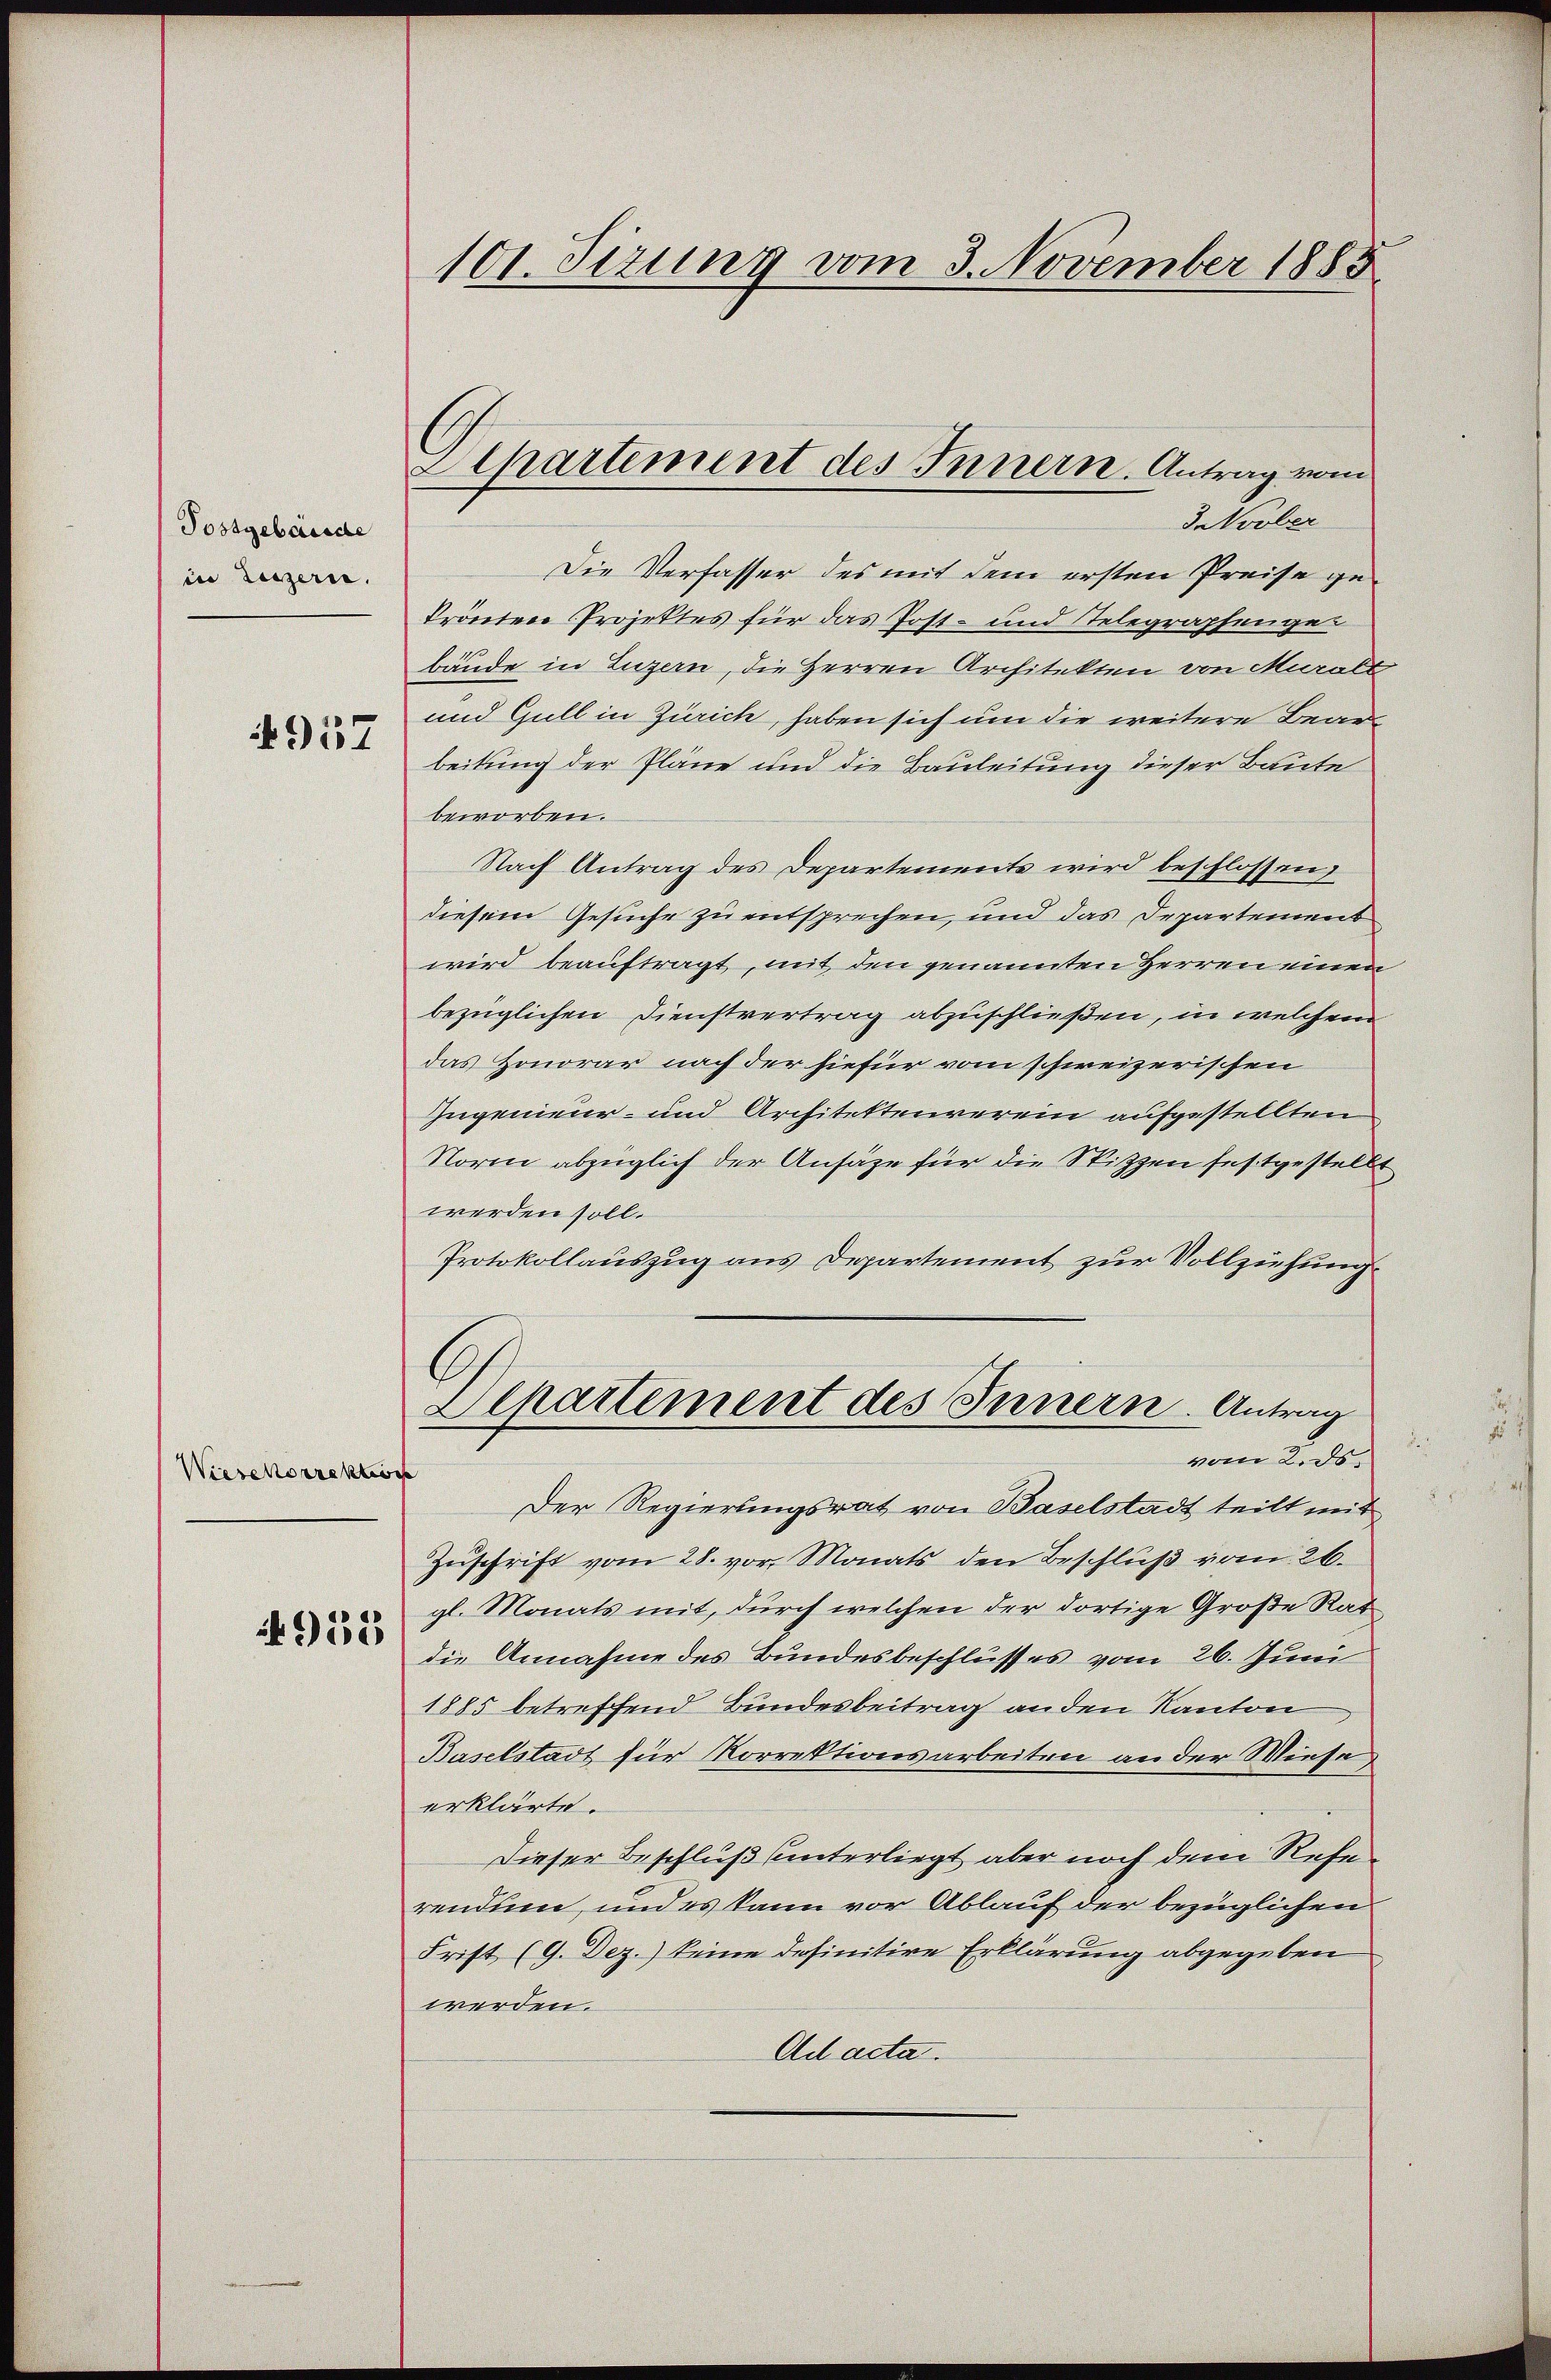
Tostgebäude
in Luzern.
957

Wiesckorrektion

935

101. Sizung vom 3. November 1883

Apartement des Innern. Antrag vom
3. Novber

Die Verfasser des mit dem ersten Preise gekrönten Projektes für das Post- und Stelegraphengebäude in Luzern, die Herren Architekten von Muralt
und Gull in Zürich, haben sich um die weitere Bearbeitung der Pläne und die Bauleitung dieser Baute
beworben.
Nach Antrag des Departements wird beschlossen,
diesem Gesuche zu entsprechen, und das Departement
wird beauftragt, mit den genannten Herren einen
bezüglichen Dienstvertrag abzuschließen, in welchem
das Honorar nach der hiefür vom schweizerischen
Zugenieur- und Architektenverein aufgestellten
Norm abzüglich der Ansäze für die Spitzen festgestellt
werden soll.
Protokollauszug aus Departement zur Vollziehung
C
Departement des Innern. Antrag
d
vom 2. ds.
Der Regierungsrat von Baselstadt teilt mit
Zuschrift vom 28. vor. Monats den Beschluß vom 26.
gl. Monats mit, durch welchen der dortige Große Rat
die Annahme des Bundesbeschlusses vom 26. Juni
1885 betreffend Bundesbeitrag an den Kanton
Baselstadt für Korrektionsarbeiten an der Wiese
erklärte.
Dieser Beschluß unterliegt aber noch dem Refe
rendum, und es kann vor Ablauf der bezüglichen
Frist (9. Dez.) keine definitive Erklärung abgegeben
werden.
Ad acta.